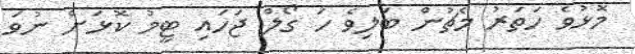
މޮޅުވެ ހަތަރު މެޗުން ބަލިވެ ހަ ގޯލް ޖަހައި ޓީމު ކޮޅަށް ނުވަ